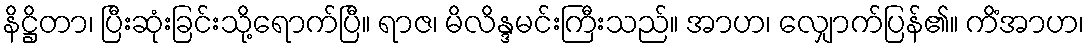
နိဋ္ဌိတာ၊ ပြီးဆုံးခြင်းသို့ရောက်ပြီ။ ရာဇ၊ မိလိန္ဒမင်းကြီးသည်။ အာဟ၊ လျှောက်ပြန်၏။ ကိံအာဟ၊